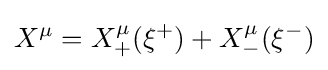
X^{\mu }=X_{+}^{\mu }(\xi ^{+})+X_{-}^{\mu }(\xi ^{-})